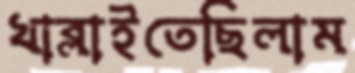
খাব্‌লাইতেছিলাম